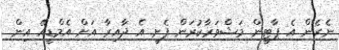
ނެރެން އެ ޕާޓީން މަޝްވަރާކުރަން ފެށީ އެ ދާއިރާ އަށް އެމްޑީއޭ އިން